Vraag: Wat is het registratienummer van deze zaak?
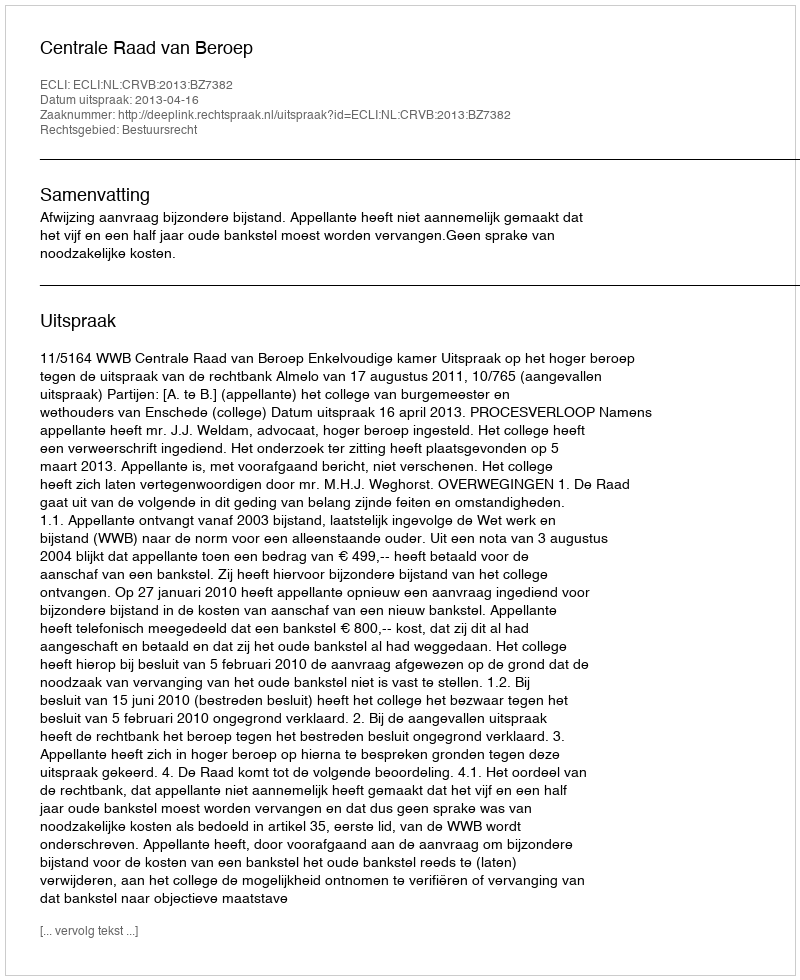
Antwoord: http://deeplink.rechtspraak.nl/uitspraak?id=ECLI:NL:CRVB:2013:BZ7382